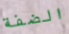
الضفة